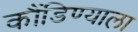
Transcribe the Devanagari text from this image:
कौंडिण्याला